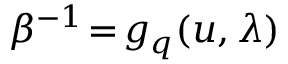
\beta ^ { - 1 } \! = \! g _ { q } ( u , \lambda )